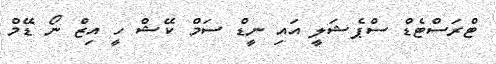
ޓްރަސްޓެޑް ސްޕެޝަލީ އައި ނީޑް ސަމް ކޭޝް ހީ އިޒް ނޯ ޑޭމް